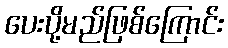
ပေးပို့မည်ဖြစ်ကြောင်း